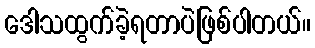
ဒေါသထွက်ခဲ့ရတာပဲဖြစ်ပါတယ်။